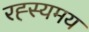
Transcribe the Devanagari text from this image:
रह्स्यमय